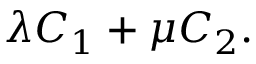
\lambda C _ { 1 } + \mu C _ { 2 } .